Report on horse surra - Volume I
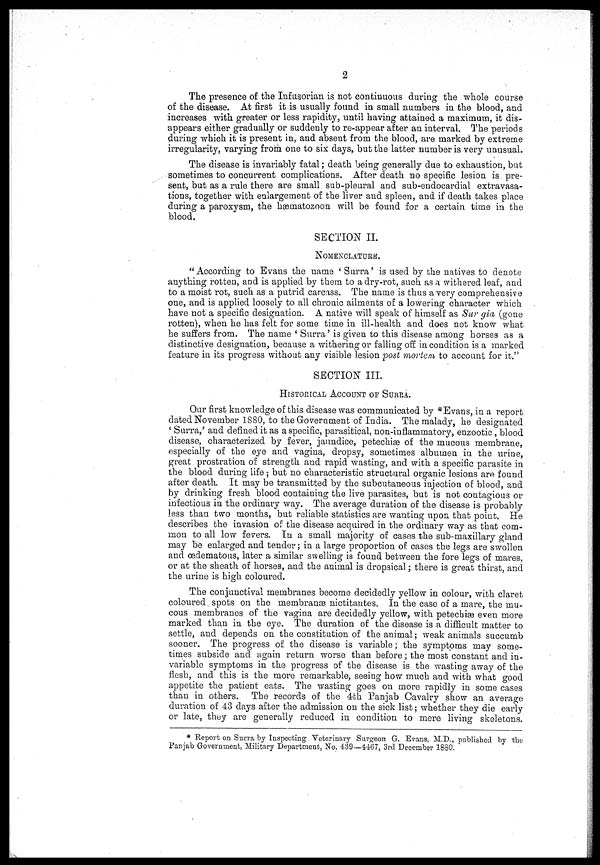
2
The presence of the Infugorian is. not continuous during the whole course
of the disease. At first it is usually found in small numbers in the blood, and
increases with greater or less rapidity, until having attained a maximum, it dis-
appears either gradually or suddenly to re-appear after an interval. The periods
during which it is present in, and absent from the blood, are marked by extreme
irregularity, varying from one to six days, but the latter number is very unusual.
The disease is invariably fatal; death being generally due to exhaustion, but
sometimes to concurrent complications. After death no specific lesion is pre-
sent, but as a rule there are small sub-pleural and sub-endocardial extravasa-
tions, together with enlargement of the liver and spleen, and if death takes place
during a paroxysm, the hæmatozoon will be found for a certain time in the
blood.
SECTION II.
NOMENCLATURE.
"According to Evans the name ' Surra' is used by the natives to denote
anything rotten, and is applied by them to a dry-rot, such as a withered leaf, and
to a moist rot, such as a putrid carcass. The name is thus a very comprehensive
one, and is applied loosely to all chronic ailments of a lowering character which
have not a specific designation. A native will speak of himself as Sur gia (gone
rotten), when he has felt for some time in ill-health and does not know what
he suffers from. The name ' Surra' is given to this disease among horses as a
distinctive designation, because a withering or falling off in condition is a marked
feature in its progress without any visible lesion post mortem to account for it."
SECTION III.
HISTORICAL ACCOUNT OF SURRA.
Our first knowledge of this disease was communicated by *Evans, in a report
dated November 1880, to the Government of India. The malady, he designated
' Surra,' and defined it as a specific, parasitical, non-inflammatory, enzootic , blood
disease, characterized by fever, jaundice, petechiæ of the mucous membrane,
especially of the eye and vagina, dropsy, sometimes albumen in the urine,
great prostration of strength and rapid wasting, and with a specific parasite in
the blood during life ; but no characteristic structural organic lesions are found
after death. It may be transmitted by the subcutaneous injection of blood, and
by drinking fresh blood containing the live parasites, but is not contagious or
infectious in the ordinary way. The average duration of the disease is probably
less than two months, but reliable statistics are wanting upon that point. He
describes the invasion of the disease acquired in the ordinary way as that com-
mon to all low fevers. In a small majority of cases the sub-maxillary gland
may be enlarged and tender ; in a large proportion of cases the legs are swollen
and œdematous, later a similar swelling is found between the fore legs of mares,
or at the sheath of horses, and the animal is dropsical ; there is great thirst, and
the urine is high coloured.
The conjunctival membranes become decidedly yellow in colour, with claret
coloured spots on the membranæ nictitantes. In the case of a mare, the mu-
cous membranes of the vagina are decidedly yellow, with petechiæ even more
marked than in the eye. The duration of the disease is a difficult matter to
settle, and depends on the constitution of the animal ; weak animals succumb
sooner. The progress of the disease is variable; the symptoms may some-
times subside and again return worse than before ; the most constant and in-
variable symptoms in the progress of the disease is the wasting away of the
flesh, and this is the more remarkable, seeing how much and with what good
appetite the patient eats. The wasting goes on more rapidly in some cases
than in others. The records of the 4th Panjab Cavalry show an average
duration of 43 days after the admission on the sick list ; whether they die early
or late, they are generally reduced in condition to mere living skeletons.
* Report on Surra by Inspecting Veterinary Surgeon G. Evans, M.D., published by the
Panjab Government, Military Department, No. 439—4467, 3rd December 1880.